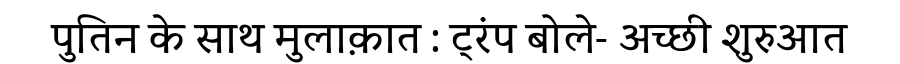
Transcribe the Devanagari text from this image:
पुतिन के साथ मुलाक़ात : ट्रंप बोले- अच्छी शुरुआत